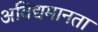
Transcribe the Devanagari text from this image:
अविद्यमानता